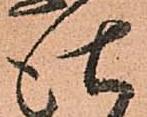
仕